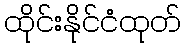
ထိုင်းနိုင်ငံထုတ်